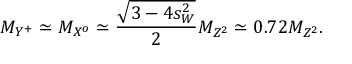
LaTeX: M _ { Y ^ { + } } \simeq M _ { X ^ { o } } \simeq \frac { \sqrt { 3 - 4 s _ { W } ^ { 2 } } } { 2 } M _ { Z ^ { 2 } } \simeq 0 . 7 2 M _ { Z ^ { 2 } } .